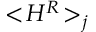
{ < \! { \cal H } ^ { R } \! > } _ { j }